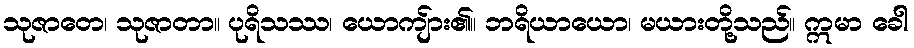
သုဇာတေ၊ သုဇာတာ။ ပုရိသဿ၊ ယောကျ်ား၏။ ဘရိယာယော၊ မယားတို့သည်။ ဣမာ ခေါ